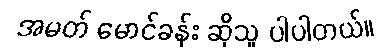
အမတ် မောင်ခန်း ဆိုသူ ပါပါတယ်။